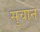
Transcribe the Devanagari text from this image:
सुचान